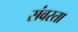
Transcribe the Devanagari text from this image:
संवरता